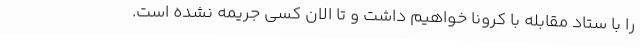
را با ستاد مقابله با کرونا خواهیم داشت و تا الان کسی جریمه نشده است.